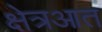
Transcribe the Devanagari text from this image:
क्षेत्रआत